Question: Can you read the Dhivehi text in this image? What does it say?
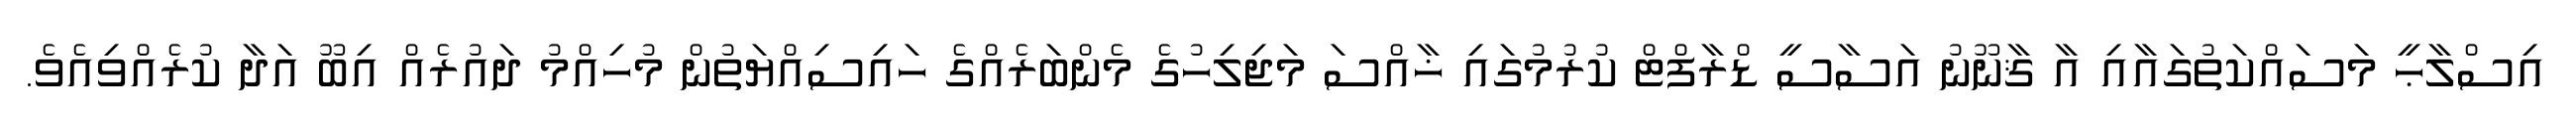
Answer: އިސްލާޙީ މަސައްކަތުގައާއި އާ ޤާނޫނު އަސާސީ ޑްރާފްޓް ކުރުމުގައި ޚާއްސަ މަޖިލިހުގެ މެންބަރެއްގެ ހައިސިއްޔަތުން މުހިއްމު ދައުރެއް އިބޫ އަދާ ކުރެއްވިއެވެ.